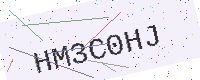
Text: HM3C0HJ